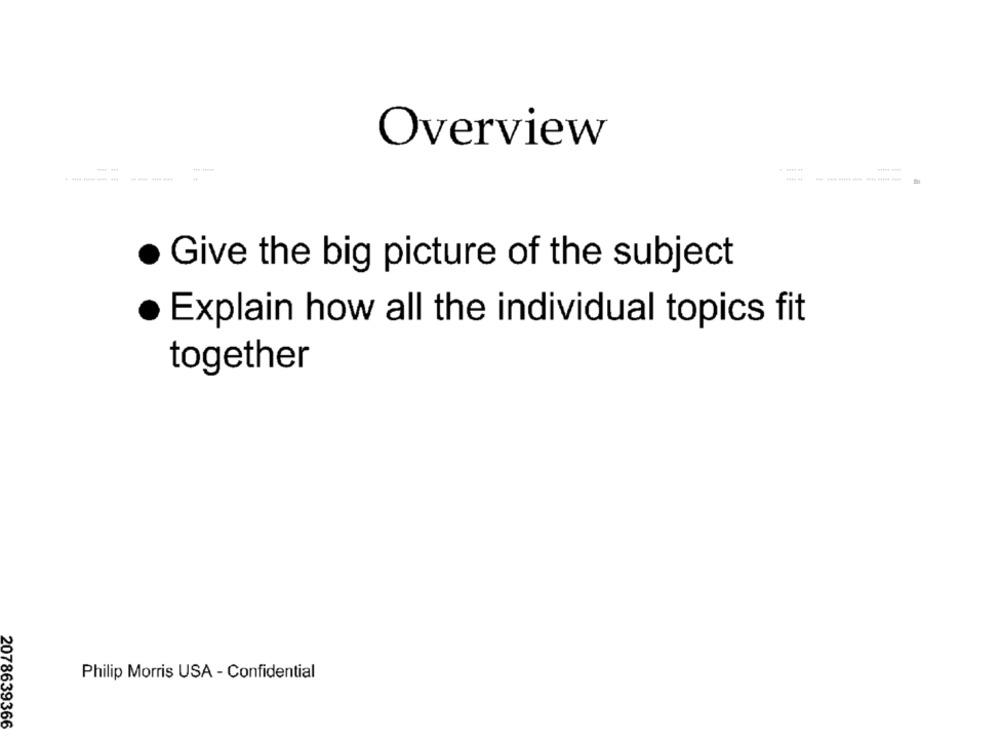
Overview
---------
. Give the big picture of the subject
Explain how all the individual topics fit
together
Philip Morris USA - Confidential
2078639366